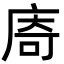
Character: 㢊